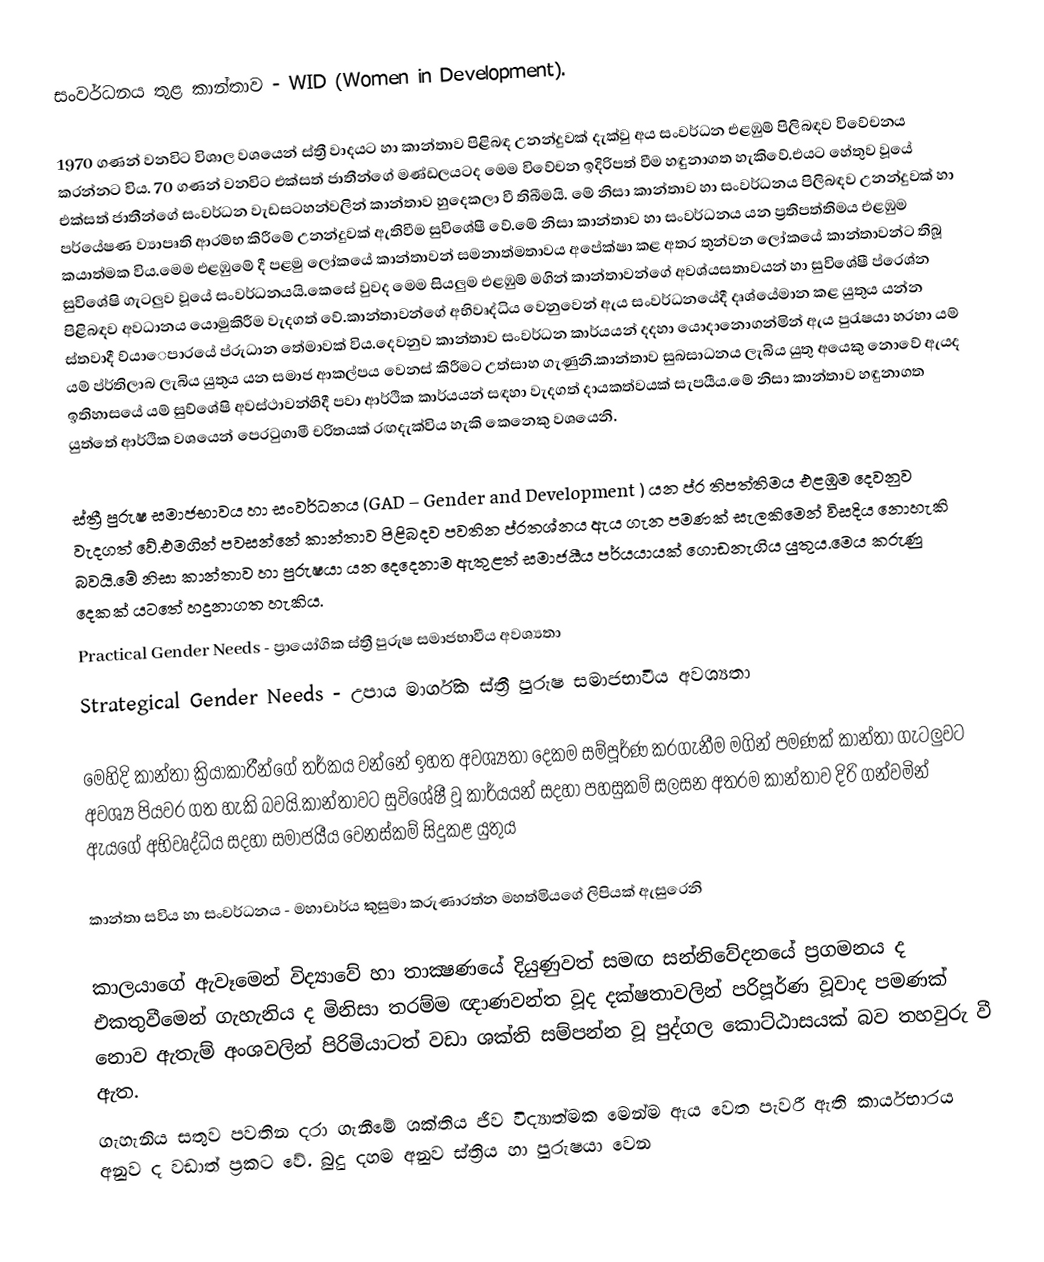
සංවර්ධනය තුළ කාන්තාව - WID (Women in Development).

1970 ගණන් වනවිට විශාල වශයෙන් ස්ත්‍රී වාදයට හා කාන්තාව පිළිබ‍ඳ උනන්දුවක් දැක්වු අය සංවර්ධන එළඹුම් පිලිබඳව විවේචනය කරන්නට විය. 70 ගණන් වනවිට එක්සත් ජාතීන්ගේ මණ්ඩලයටද මෙම විවේචන ඉදිරිපත් වීම හඳුනාගත හැකිවේ.එයට හේතුව වූයේ එක්සත් ජාතීන්ගේ සංවර්ධන වැඩසටහන්වලින් කාන්තාව හුදෙකලා වී තිබීමයි. මේ නිසා කාන්තාව හා සංවර්ධනය පිලිබඳව උනන්දුවක් හා පර්යේෂණ ව්‍යාපෘති ආරම්භ කිරීමේ උනන්දුවක් ඇතිවීම සුවිශේෂී වේ.‍‍මේ නිසා කාන්තාව හා සංවර්ධනය යන ප්‍රතිපත්තිමය එළඹුම කයාත්මක විය.‍මෙම එළඹුමේ දී පළමු ලෝකයේ කාන්තාවන් සමනාත්මතාවය අපේක්ෂා කළ අතර තුන්වන ලෝකයේ කාන්තාවන්ට තිබූ සුවිශේෂි ගැටලුව වූයේ සංවර්ධනයයි.කෙසේ වුවද මෙම සියලුම එළඹුම් මගින් කාන්තාවන්ගේ අවශ්යසතාවයන් හා සුවිශේෂී ප්රෙශ්න පිළිබඳව අවධානය යොමුකිරීම වැදගත් වේ.කාන්තාවන්ගේ අභිවෘද්ධිය වෙනුවෙන් ඇය සංවර්ධනයේදී දෘශ්යේමාන කළ යුතුය යන්න ස්තවාදී ව්යාෙපාරයේ ප්රුධාන තේමාවක් විය.දෙවනුව කාන්තාව සංවර්ධන කාර්යයන් දදහා යොදානොගන්මින් ඇය පුරැෂයා හරහා යම් යම් ප්ර්තිලාබ ලැබිය යුතුය යන සමාජ ආකල්පය වෙනස් කිරීමට උත්සාහ ගැණුනි.කාන්තාව සුබසාධනය ලැබිය යුතු අයෙකු නොවේ ඇයද ඉතිහාසයේ යම් සුව්ශේෂි අවස්ථාවන්හිදී පවා ආර්ථික කාර්යයන් සඳහා වැදගත් දායකත්වයක් සැපයීය.මේ නිසා කාන්තාව හඳුනාගත යුත්තේ ආර්ථික වශයෙන් පෙරටුගාමී චරිතයක් රඟදැක්විය හැකි කෙනෙකු වශයෙනි.

ස්ත්‍රී පුරුෂ  සමාජභාවය හා සංවර්ධනය (GAD – Gender and Development ) යන ප්ර තිපත්තිමය එළඹුම දෙවනුව වැදගත් වේ.එමගින් පවසන්නේ කාන්තාව පිළිබදව පවතින ප්රතශ්නය ඇය ගැන පමණක් සැලකිමෙන් විසදිය නොහැකි බවයි.මේ නිසා කාන්තාව හා පුරුෂයා යන දෙදෙනාම ඇතුළත් සමාජයීය පර්යයායක් ගොඩනැගිය යුතුය.මෙය කරුණු දෙකක් යටතේ හදුනාගත හැකිය.
Practical Gender Needs - ප්‍රායෝගික ස්ත්‍රී පුරුෂ සමාජභාවීය අවශ්‍යතා
Strategical Gender Needs - උපාය මාර්ගික ස්ත්‍රී පුරුෂ සමාජභාවීය අවශ්‍යතා

මෙහිදි කාන්තා ක්‍රියාකාරීන්ගේ තර්කය වන්නේ ඉහත අවශ්‍යතා දෙකම සම්පූර්ණ කරගැනීම මගින් පමණක් කාන්තා ගැටලුවට අවශ්‍ය පියවර ගත හැකි බවයි.කාන්තාවට සුවිශේෂී වූ කාර්යයන් සදහා පහසුකම් සලසන අතරම කාන්තාව දිරි ගන්වමින් ඇයගේ අභිවෘද්ධිය සදහා සමාජයීය ‍වෙනස්කම් සිදුකළ යුතුය

කාන්තා සවිය හා සංවර්ධනය - මහාචාර්ය කුසුමා කරුණාරත්න මහත්මියගේ ලිපියක් ඇසුරෙනි

කාලයාගේ ඇවෑමෙන් විද්‍යාවේ හා තාක්‍ෂණයේ දියුණුවත් සමඟ සන්නිවේදනයේ ප්‍රගමනය ද එකතුවීමෙන් ගැහැනිය ද මිනිසා තරම්ම ඥාණවන්ත වූද දක්ෂතාවලින් පරිපූර්ණ වූවාද පමණක් නොව ඇතැම් අංශවලින් පිරිමියාටත් වඩා ශක්ති සම්පන්න වූ පුද්ගල කොට්ඨාසයක් බව තහවුරු වී ඇත.
ගැහැනිය සතුව පවතින දරා ගැනීමේ ශක්තිය ජීව විද්‍යාත්මක මෙන්ම ඇය වෙත පැවරී ඇති කාර්යභාරය අනුව ද වඩාත් ප්‍රකට වේ. බුදු දහම අනුව ස්ත්‍රිය හා පුරුෂයා වෙන